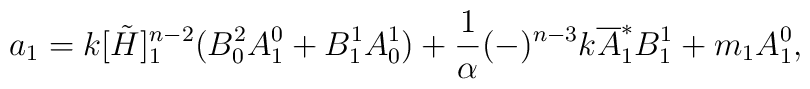
a_{1}=k[\tilde H]^{n-2}_{1} (B^2_{0} A^0_1 +B^1_{1} A^1_0)+\frac{1}{\alpha}(-)^{n-3}k{\overline A}^*_1 B^1_1 +m_1 A^0_1,